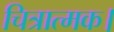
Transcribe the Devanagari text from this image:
चित्रात्मक।